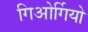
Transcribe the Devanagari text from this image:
गिओर्गियो